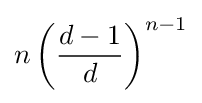
n\left({\frac {d-1}{d}}\right)^{n-1}